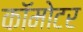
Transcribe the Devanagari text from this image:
कॉमोटर